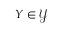
Y \in \mathcal { Y }